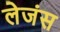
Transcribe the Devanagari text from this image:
लेजंस